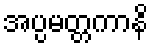
အပ္ပမတ္တကာနိ